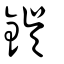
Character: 鋘